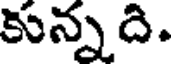
కున్నది.